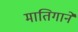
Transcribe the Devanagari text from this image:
मातिगाने